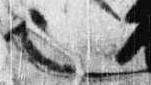
也